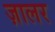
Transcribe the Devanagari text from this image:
ज़ालर